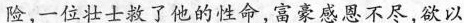
险，一位壮士救了他的性命，富豪感恩不尽，欲以